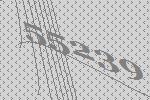
55239